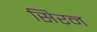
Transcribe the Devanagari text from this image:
सिरन